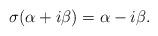
LaTeX: \begin{align*}\sigma(\alpha+i\beta)=\alpha-i\beta.\end{align*}